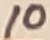
Text: 10